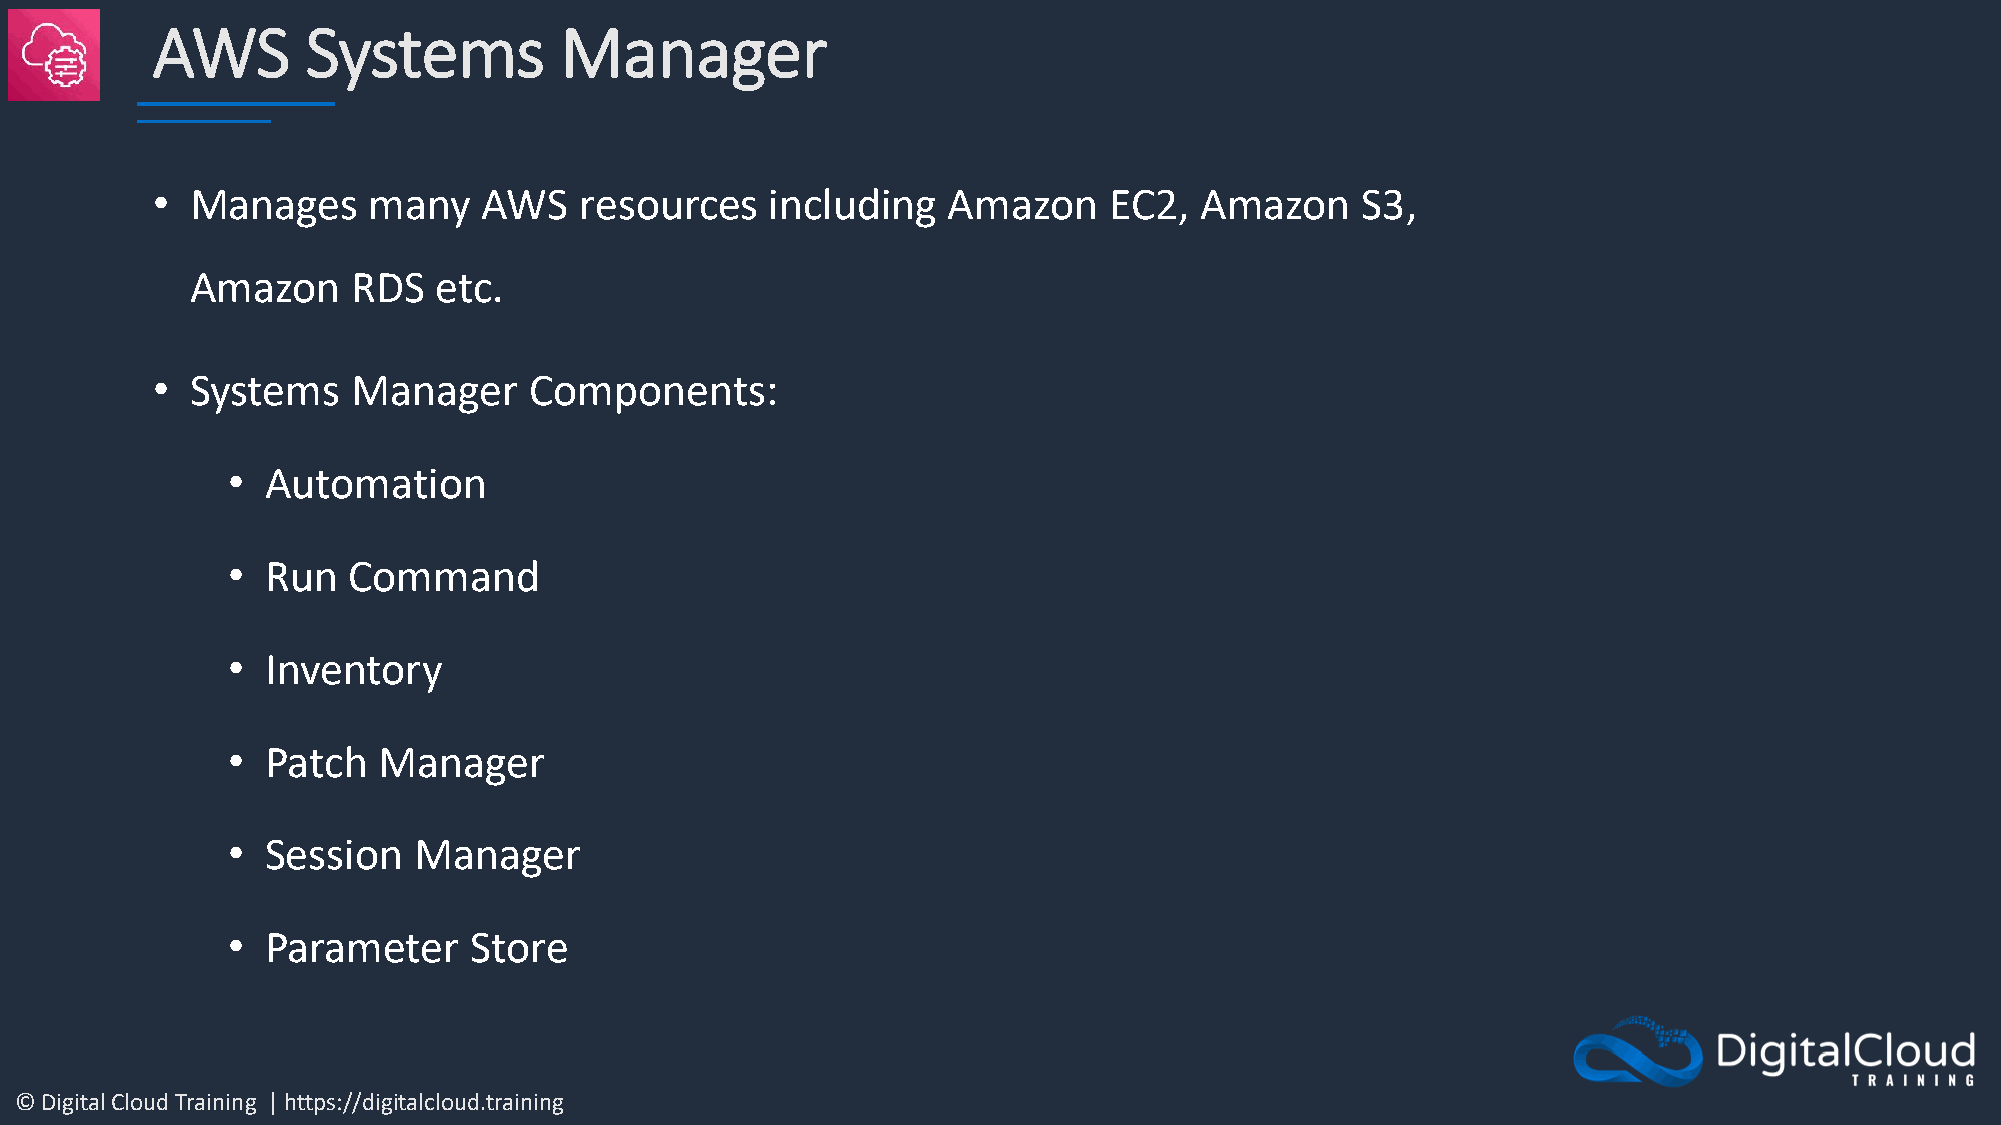
AWS       Systems          Manager
 •  Manages    many    AWS   resources    including   Amazon    EC2,  Amazon     S3,
 Amazon    RDS   etc.
 •  Systems   Manager     Components:
 •  Automation
 •  Run  Command
 •  Inventory
 •  Patch  Manager
 •  Session  Manager
 •  Parameter    Store
 © Digital Cloud Training | https://digitalcloud.training